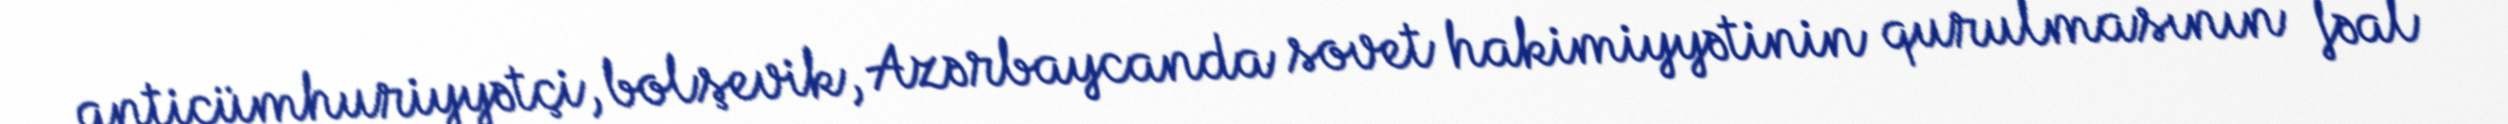
anticümhuriyyətçi, bolşevik, Azərbaycanda sovet hakimiyyətinin qurulmasının fəal